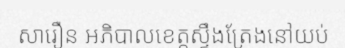
សារឿន អភិបាលខេត្តស្ទឹងត្រែងនៅយប់